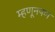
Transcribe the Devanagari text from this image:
म्हणूनपण